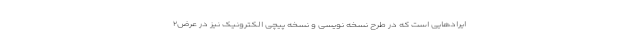
ایرادهایی است که در طرح نسخه نویسی و نسخه پیچی الکترونیک نیز در عرض۲